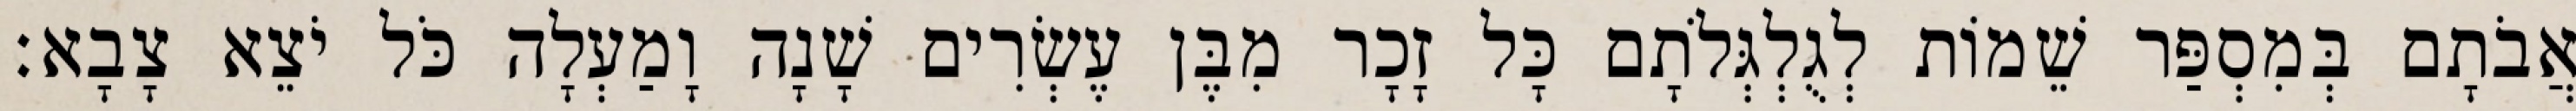
אֲבֹתָם בְּמִסְפַּר שֵׁמוֹת לְגֻלְגְּלֹתָם כָּל זָכָר מִבֶּן עֶשְׂרִים שָׁנָה וָמַעְלָה כֹּל יֹצֵא צָבָא׃